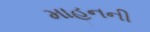
માહનની